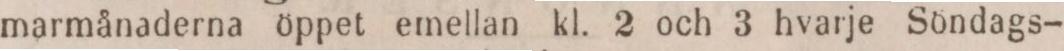
marmånaderna öppet emellan kl. 2 och 3 hvarje Söndags-